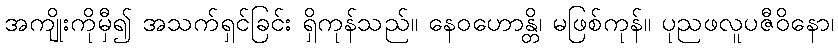
အကျိုးကိုမှီ၍ အသက်ရှင်ခြင်း ရှိကုန်သည်။ နေဝဟောန္တိ၊ မဖြစ်ကုန်။ ပုညဖလူပဇီဝိနော၊